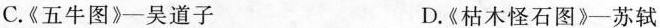
C.《五牛图》-吴道子 D.《枯木怪石图》-苏轼